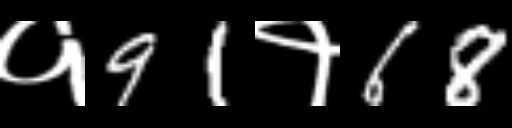
Text: १91१68